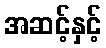
အဆင့်နှင့်